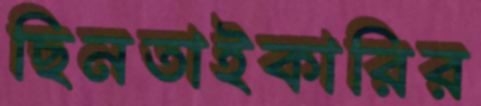
ছিনতাইকারির